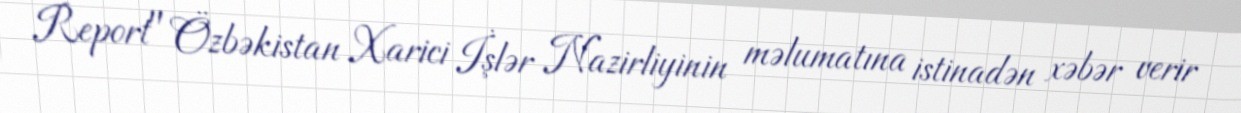
Report" Özbəkistan Xarici İşlər Nazirliyinin məlumatına istinadən xəbər verir